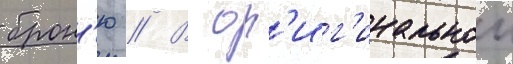
брон'ю // В ор'иг'инальнои